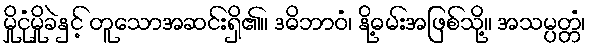
မှိုငုံမှိုခဲနှင့် တူသောအဆင်းရှိ၏။ ဒဓိဘာဝံ၊ နို့ဓမ်းအဖြစ်သို့။ အသမ္ပတ္တံ၊